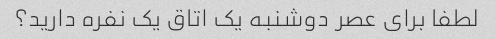
لطفا برای عصر دوشنبه یک اتاق یک نفره دارید؟